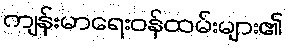
ကျန်းမာရေးဝန်ထမ်းများ၏